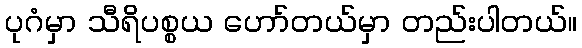
ပုဂံမှာ သီရိပစ္စယ ဟော်တယ်မှာ တည်းပါတယ်။